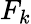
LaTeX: F_{k}